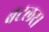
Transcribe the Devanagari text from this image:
बटलर।